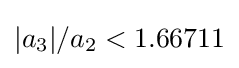
{|a_{3}|/a_{2}}<1.66711